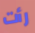
رأت